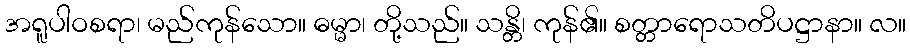
အရူပါဝစရာ၊ မည်ကုန်သော။ ဓမ္မာ၊ တို့သည်။ သန္တိ၊ ကုန်၏။ စတ္တာရောသတိပဋ္ဌာနာ။ လ။